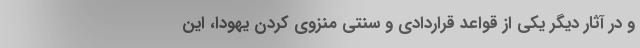
و در آثار دیگر یکی از قواعد قراردادی و سنتی منزوی کردن یهودا، این